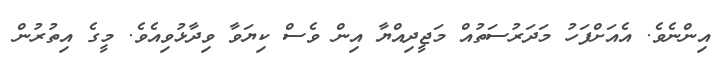
އިންނެވެ. އެއަށްފަހު މަދަރުސަތުއް މަޖީދިއްޔާ އިން ވެސް ކިޔަވާ ވިދާޅުވިއެވެ. މީގެ އިތުރުން